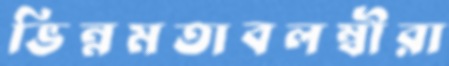
ভিন্নমতাবলম্বীরা